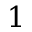
1